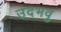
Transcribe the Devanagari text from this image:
उदभवु